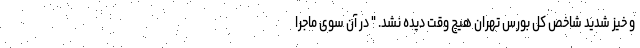
و خیز شدید شاخص کل بورس تهران هیچ وقت دیده نشد. " در آن سوی ماجرا